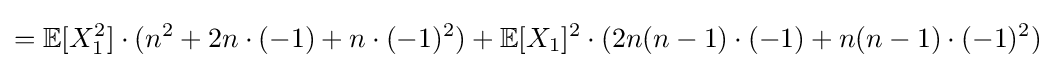
=\mathbb {E} [X_{1}^{2}]\cdot (n^{2}+2n\cdot (-1)+n\cdot (-1)^{2})+\mathbb {E} [X_{1}]^{2}\cdot (2n(n-1)\cdot (-1)+n(n-1)\cdot (-1)^{2})